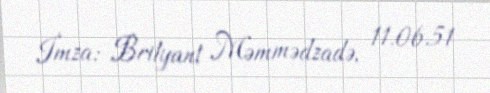
İmza: Brilyant Məmmədzadə, 11.06.51